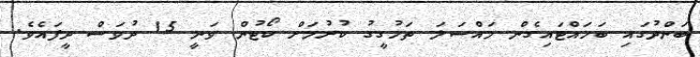
ބަންދުގައި ބަހައްޓައިގެން މައްސަލަ ތަހުގީގު ކުރުމަށް ކޯޓުން ވަނީ 15 ދުވަސް ދީފައެވެ.